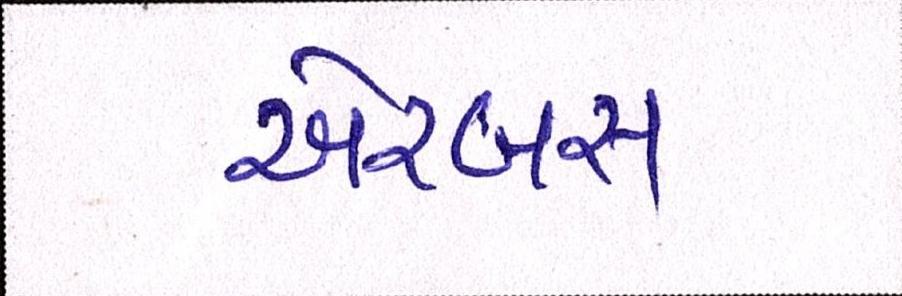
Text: એરબસ